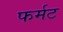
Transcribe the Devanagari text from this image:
फर्मट